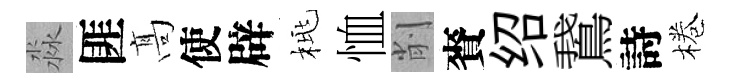
淼匪髙使辟桃恤削賚绍鵞詩棬